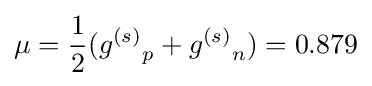
\mu ={\frac {1}{2}}({g^{(s)}}_{p}+{g^{(s)}}_{n})=0.879